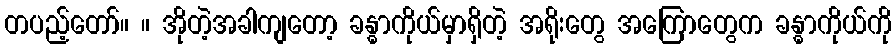
တပည့်တော်။ ။ အိုတဲ့အခါကျတော့ ခန္ဓာကိုယ်မှာရှိတဲ့ အရိုးတွေ အကြောတွေက ခန္ဓာကိုယ်ကို